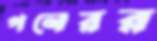
পনেরর